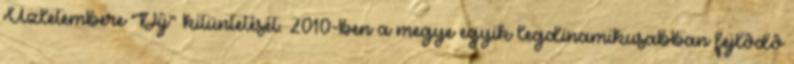
Üzletembere Díj“ kitüntetését. 2010-ben a megye egyik legdinamikusabban fejlôdô